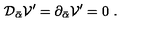
{ \cal D } _ { \bar { \alpha } } { \cal V } ^ { \prime } = \partial _ { \bar { \alpha } } { \cal V } ^ { \prime } = 0 \ .